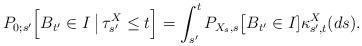
LaTeX: \begin{align*} P_{0;s'}\Big[ B_{ {t'}} \in I \:\big|\, \tau^X_{s'} \le t \Big] = \int_{s'}^t P_{X_s,s}\big[ B_{{t'}} \in I] \kappa^X_{s',t}(ds).\end{align*}